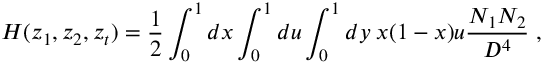
H ( z _ { 1 } , z _ { 2 } , z _ { t } ) = { \frac { 1 } { 2 } } \int _ { 0 } ^ { 1 } d x \int _ { 0 } ^ { 1 } d u \int _ { 0 } ^ { 1 } d y \; x ( 1 - x ) u { \frac { N _ { 1 } N _ { 2 } } { D ^ { 4 } } } \; ,